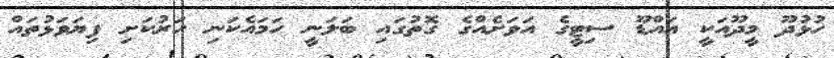
ހުޅުދޫ މީދޫއަކީ އައްޑޫ ސިޓީގެ އަވަށެއްގެ ގޮތުގައި ބަލަނީ ހަމައެކަނި ހަރުކަށި ފިޔަވަޅުތައް